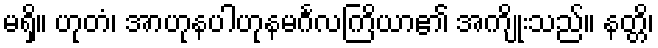
မရှိ။ ဟုတံ၊ အာဟုနပါဟုနမင်္ဂလကြိယာ၏ အကျိုးသည်။ နတ္တိ၊